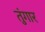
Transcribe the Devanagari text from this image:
तुंगार